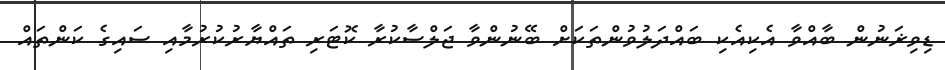
ޑިވިޜަނުން ބާއްވާ އެކިއެކި ބައްދަލުވުންތަކަށް ބޭނުންވާ ޖަލްސާކުރާ ކޮޓަރި ތައްޔާރުކުރުމާއި ސައިގެ ކަންތައް